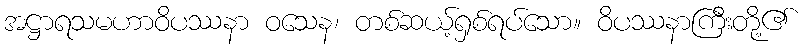
အဋ္ဌာရသမဟာဝိပဿနာ ဝသေန၊ တစ်ဆယ့်ရှစ်ရပ်သော။ ဝိပဿနာကြီးတို့၏